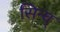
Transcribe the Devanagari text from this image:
सिन्घ्